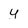
Character: y